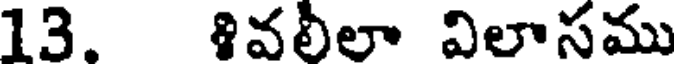
13. శివలీలా విలాసము